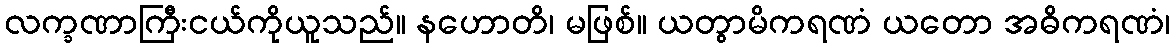
လက္ခဏာကြီးငယ်ကိုယူသည်။ နဟောတိ၊ မဖြစ်။ ယတွာမိကရဏံ ယတော အဓိကရဏံ၊